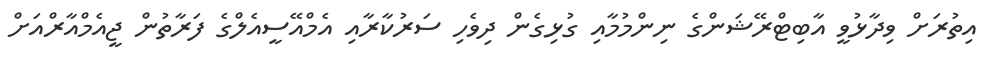
އިތުރަށް ވިދާޅުވީ އާބިޓްރޭޝަންގެ ނިންމުމާއި ގުޅިގެން ދިވެހި ސަރުކާރާއި އެމްއޭސީއެލްގެ ފަރާތުން ޖީއެމްއާރްއަށް